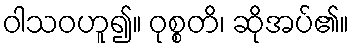
ဝါသဝဟူ၍။ ဝုစ္စတိ၊ ဆိုအပ်၏။